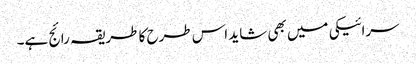
سرائیکی میں بھی شاید اس طرح کا طریقہ رائج ہے۔